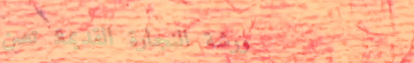
ورشة النجارة القديمة: تصن